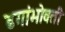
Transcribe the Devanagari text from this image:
ढगांभोवती